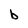
Character: b